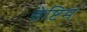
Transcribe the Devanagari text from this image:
वेष्टिम